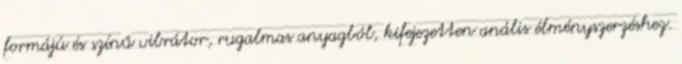
formájú és színű vibrátor, rugalmas anyagból, kifejezetten anális élményszerzéshez.